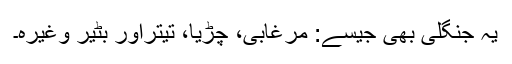
یہ جنگلی بھی جیسے: مرغابی، چڑیا، تیتراور بٹیر وغیرہ۔